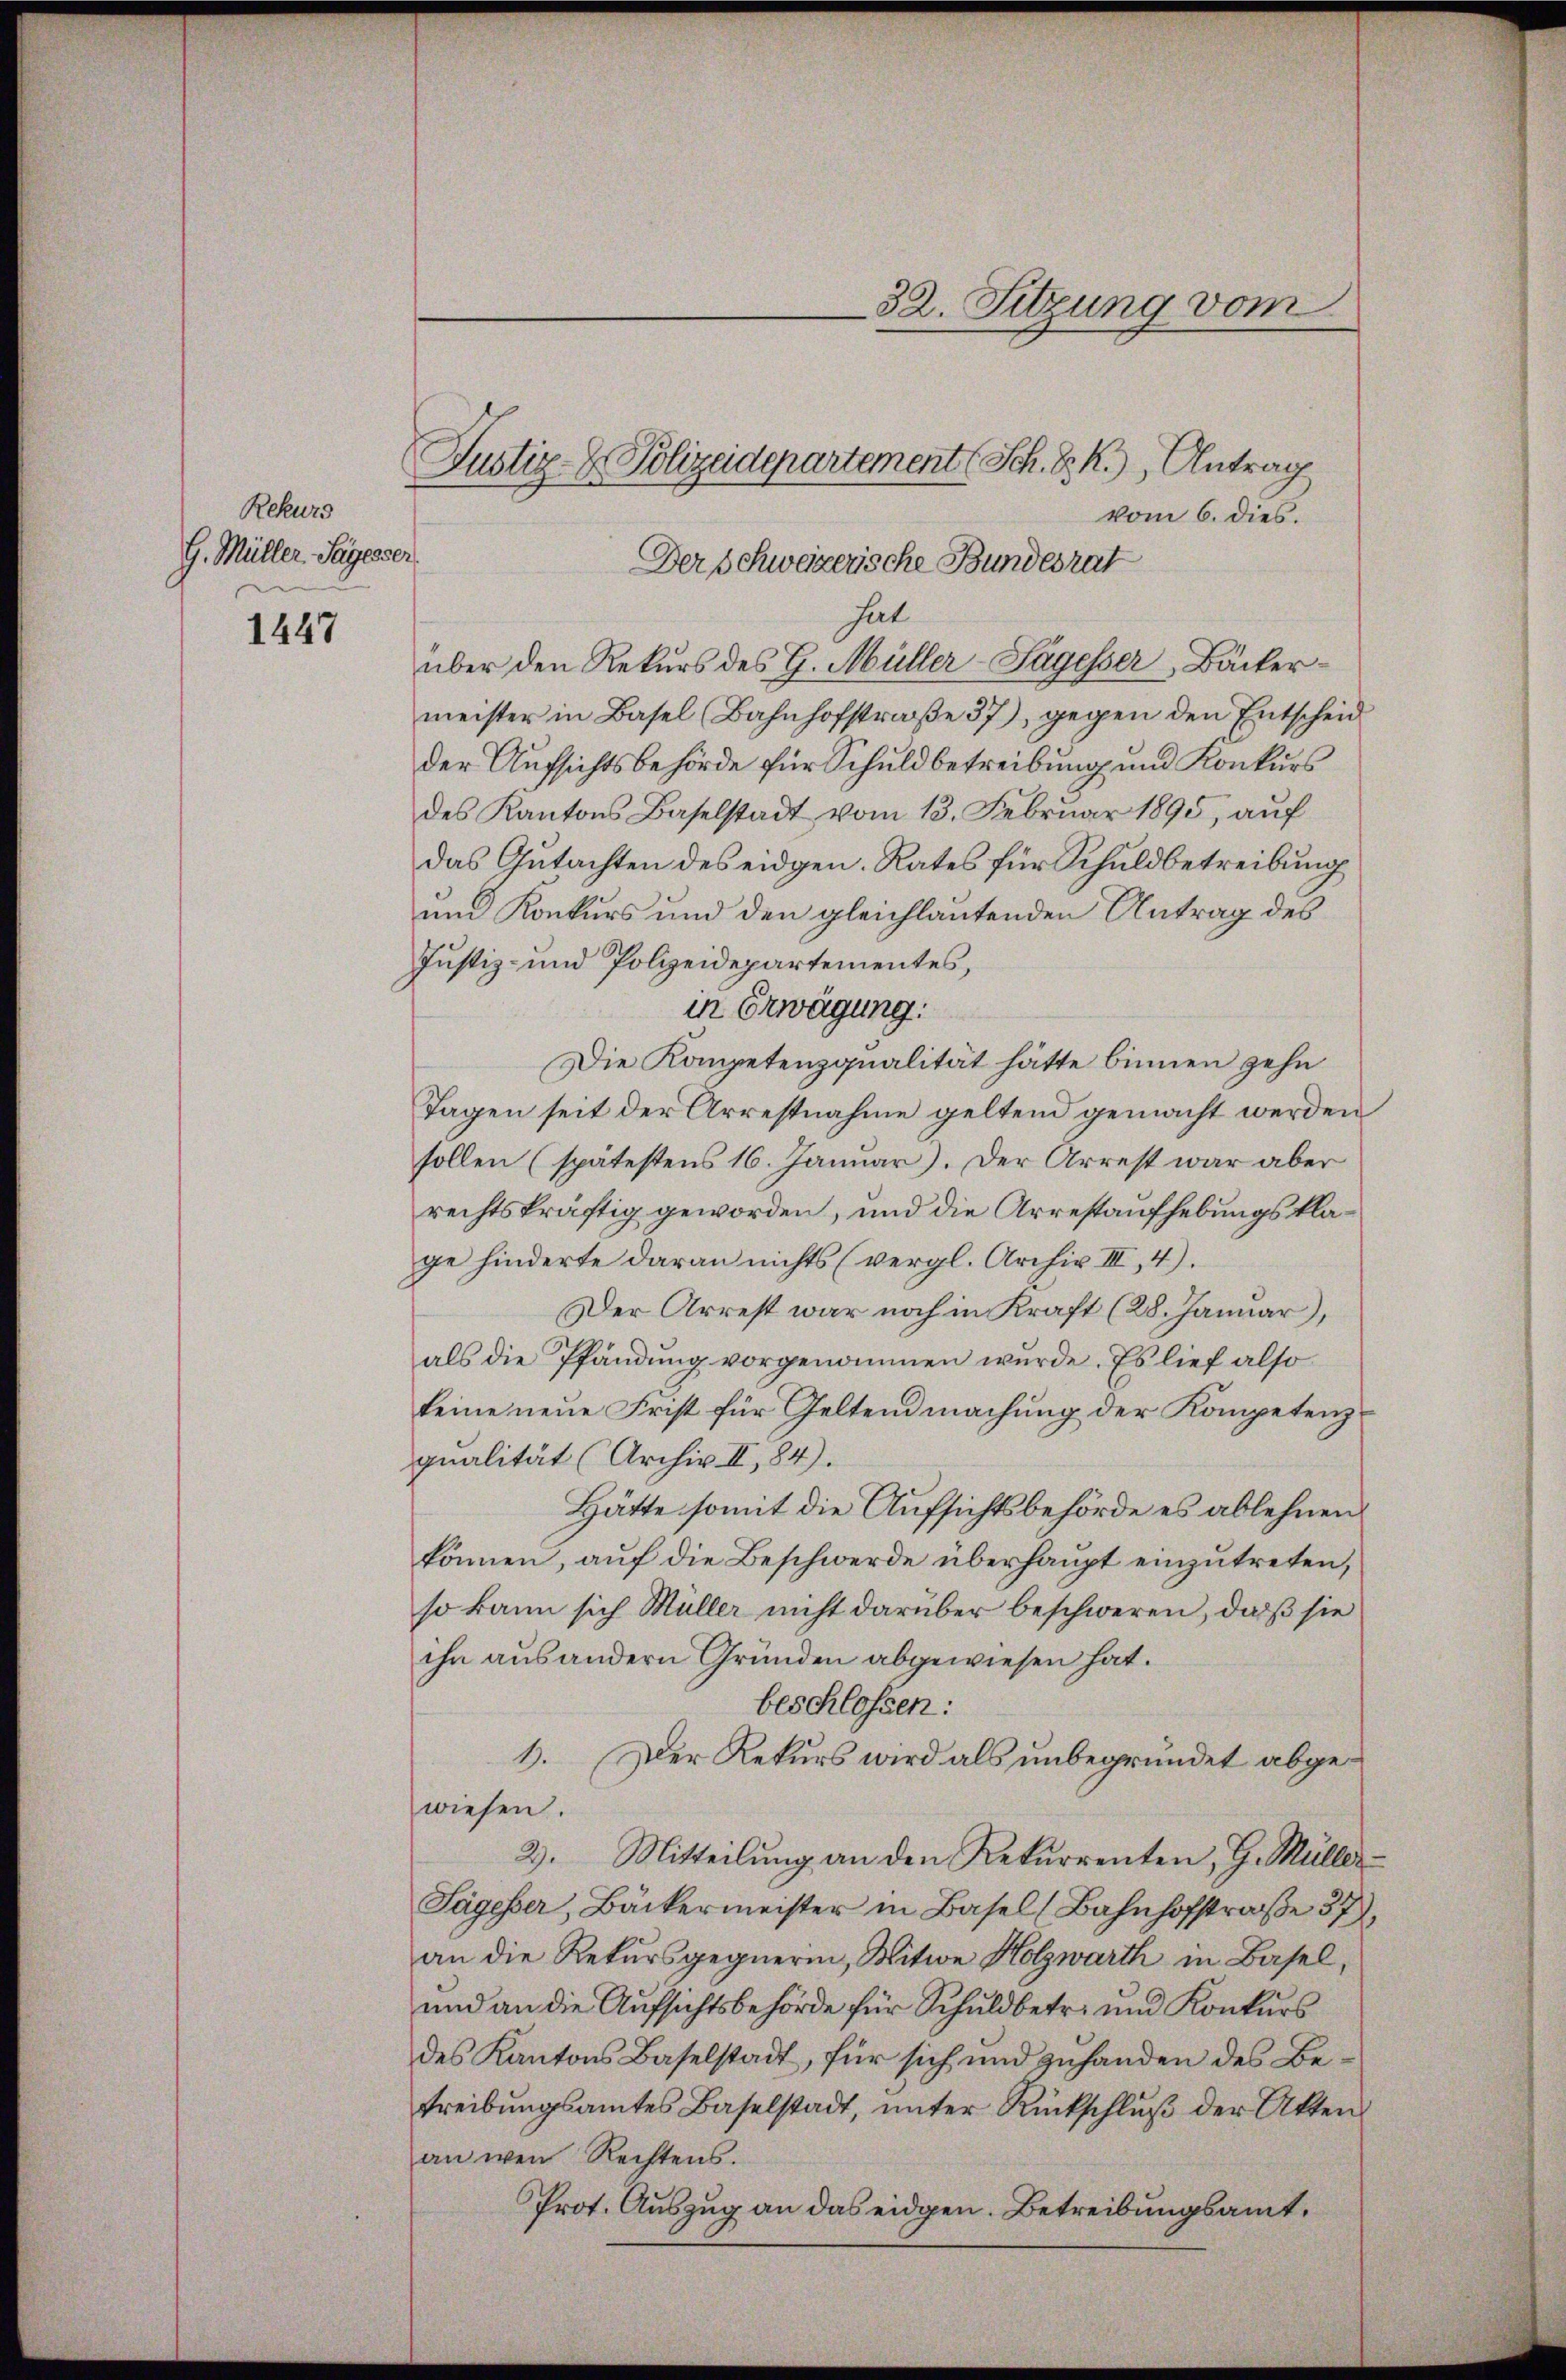
Rekurs
G. Müller Segesse

1447

Justiz- & Polizeidepartement (Sch. S. R.), Antrag

vom 6. dies.
Der Schweizerische Bundesrat
hat
über den Rekurs des H. Müller-Tagesser, Bäckermeister in Basel (Bahnhofstraße 37), gegen den Entscheid
der Aufsichtsbehörde für Schuldbetreibung und Konkurs
des Kantons Baselstadt vom 13. Februar 1895, auf
das Gutachten des eidgen. Rates für Schuldbetreibung
und Konkurs und den gleichlautenden Antrag des
Justiz- und Polizeidepartementes,
in Erwägung.
Die Kompetenzqualität hätte binnen zehn
Tagen seit der Arrestnahme geltend gemacht werden
sollen (spätestens 16. Januar). Der Arrest war aber
rechtskräftig geworden, und die Arrestaufhebungsklage hinderte daran nichts (vergl. Archiv III, 4).
Der Arrest war noch in Kraft (28. Januar),
als die Pfändung vorgenommen würde. Es lief also
keine neue Frist für Geltendmachung der Kompetenz
qualität (Archiv II, 84).
Hätte somit die Aufsichtsbehörde es ablehnen
können, auf die Beschwerde überhaupt einzutreten,
so kann sich Müller nicht darüber beschweren, daß sie
ihn aus andern Gründen abgewiesen hat.
beschlossen:
1. Der Rekurs wird als unbegründet abgewiesen.
2. Mitteilŭng an den Rekurrenten, G. Müller-
Sagesser, Bäckermeister in Basel (Bahnhofstraße 37),
an die Rekursgegnerin, Mitwe Holzwärth in Basel,
und an die Aufsichtsbehörde für Schuldbetr. und Konkurs
des Kantons Baselstadt, für sich und zuhanden des Betreibungsamtes Baselstadt, unter Rückschluß der Akten
an wen Rechtens.
Prot. Auszug an das eidgen. Betreibungsamt¬

32. Sitzung vom